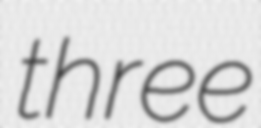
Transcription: three